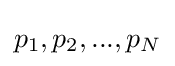
p_{1},p_{2},...,p_{N}